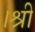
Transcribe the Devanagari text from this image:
।श्री